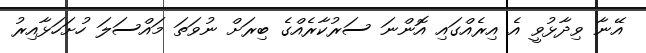
އޭނާ ވިދާޅުވީ އެ އިރެއްގައި އޮންނަ ސަރުކާރެއްގެ ބިރަށް ނުވަތަ މައްސަލަ ހުށަހަޅާއިރު